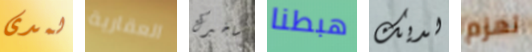
لمدى العقارية ساخبرك هبطنا لديك تهزم